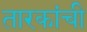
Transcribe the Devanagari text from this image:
तारकांची